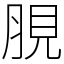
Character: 䏹